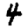
Digit: 4